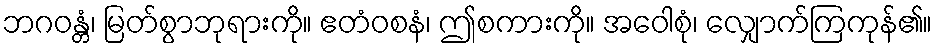
ဘဂဝန္တံ၊ မြတ်စွာဘုရားကို။ ဧတံဝစနံ၊ ဤစကားကို။ အဝေါစုံ၊ လျှောက်ကြကုန်၏။